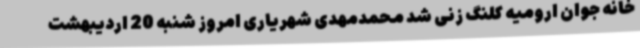
خانه جوان ارومیه کلنگ زنی شد محمدمهدی شهریاری امروز شنبه 20 اردیبهشت